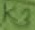
Text: K3